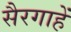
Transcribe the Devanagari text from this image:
सैरगाहें